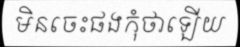
មិនចេះផងកុំថាឡើយ